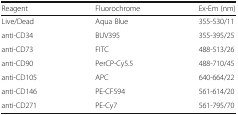
| Reagent | Fluorochrome | Ex-Em (nm) |
 | --- | --- | --- |
 | Live/Dead | Aqua Blue | 355-530/11 |
 | anti-CD34 | BUV395 | 355-395/25 |
 | anti-CD73 | FITC | 488-513/26 |
 | anti-CD90 | PerCP-Cy5.5 | 488-710/45 |
 | anti-CD105 | APC | 640-664/22 |
 | anti-CD146 | PE-CF594 | 561-614/20 |
 | anti-CD271 | PE-Cy7 | 561-795/70 |